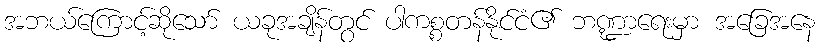
အဘယ်ကြောင့်ဆိုသော် ယခုအချိန်တွင် ပါကစ္စတန်နိုင်ငံ၏ ဘဏ္ဍာရေးမှာ အခြေအနေ